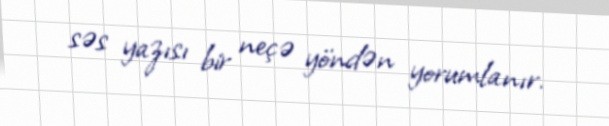
səs yazısı bir neçə yöndən yorumlanır.